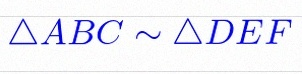
\triangle ABC\sim\triangle DEF